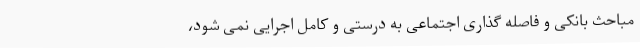
مباحث بانکی و فاصله گذاری اجتماعی به درستی و کامل اجرایی نمی شود،